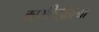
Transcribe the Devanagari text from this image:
कारकिर्दीतल्या